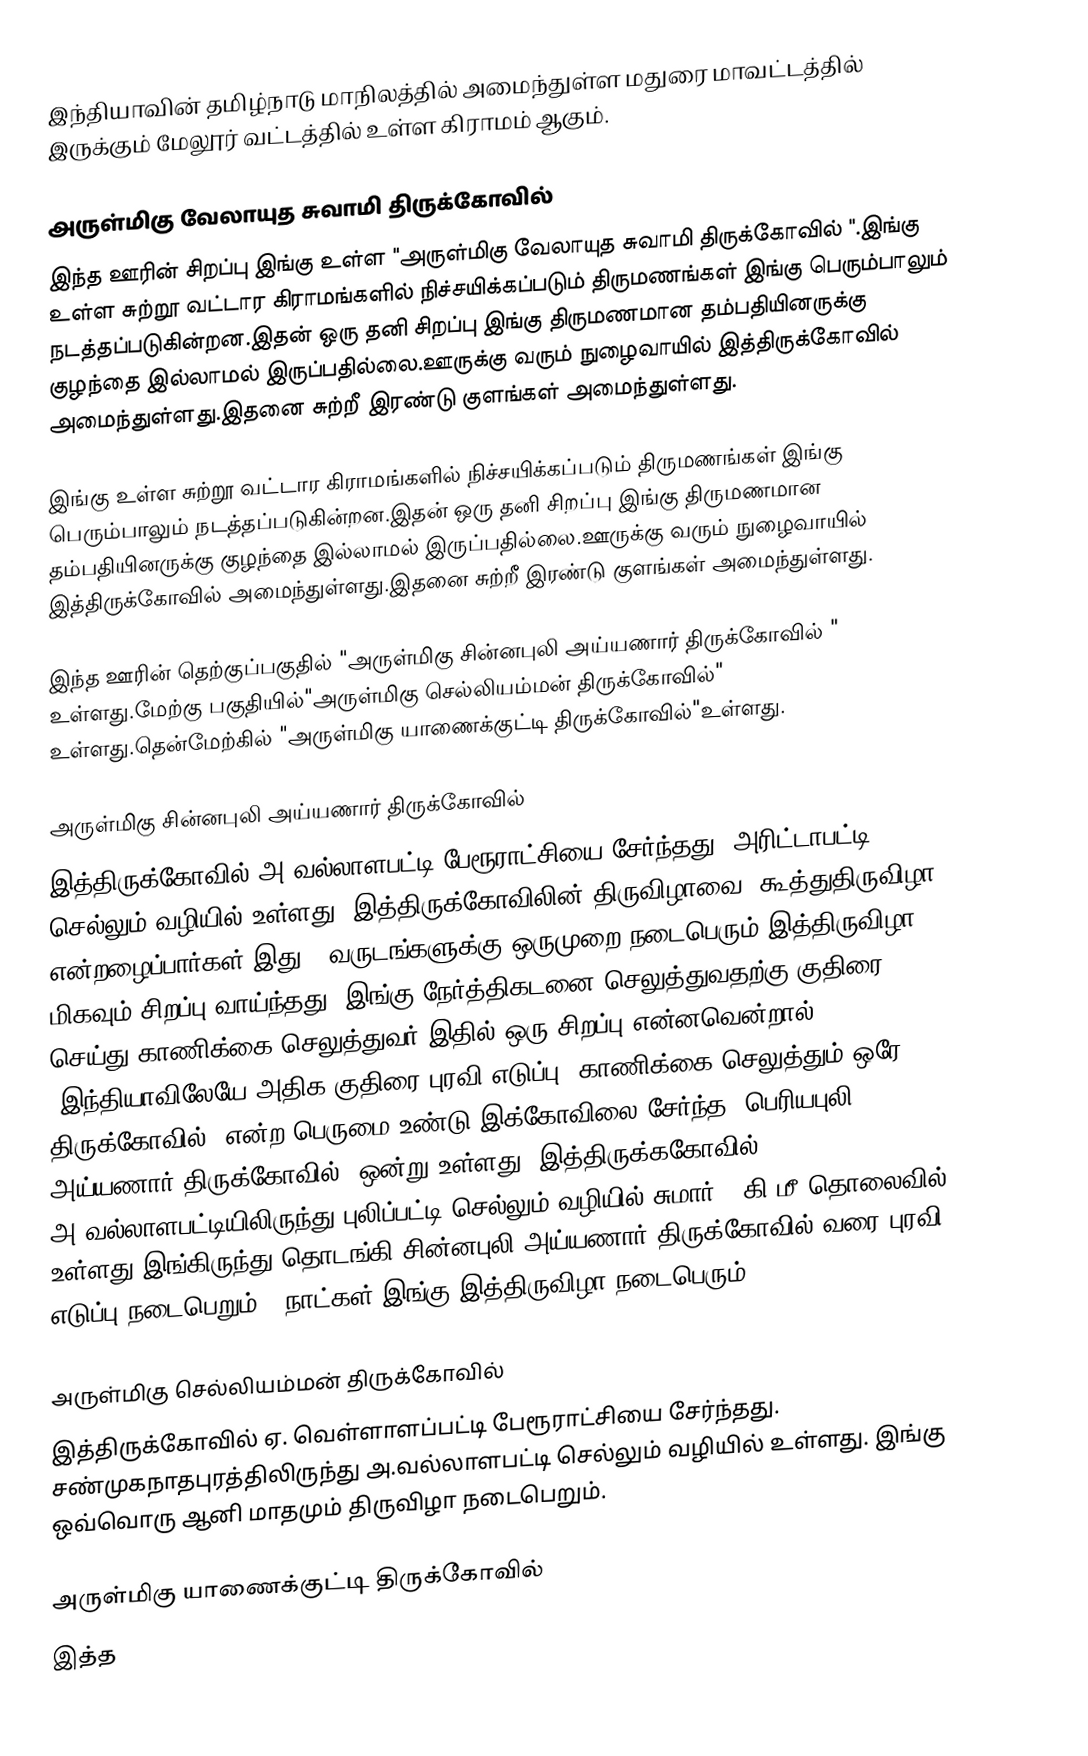
இந்தியாவின் தமிழ்நாடு மாநிலத்தில் அமைந்துள்ள மதுரை மாவட்டத்தில் இருக்கும் மேலூர் வட்டத்தில்  உள்ள கிராமம் ஆகும்.

அருள்மிகு வேலாயுத சுவாமி திருக்கோவில்
இந்த ஊரின் சிறப்பு இங்கு உள்ள "அருள்மிகு வேலாயுத சுவாமி திருக்கோவில் ".இங்கு உள்ள சுற்றூ வட்டார கிராமங்களில் நிச்சயிக்கப்படும் திருமணங்கள் இங்கு பெரும்பாலும் நடத்தப்படுகின்றன.இதன் ஒரு தனி சிறப்பு இங்கு திருமணமான தம்பதியினருக்கு குழந்தை இல்லாமல் இருப்பதில்லை.ஊருக்கு வரும் நுழைவாயில் இத்திருக்கோவில் அமைந்துள்ளது.இதனை சுற்றீ இரண்டு குளங்கள் அமைந்துள்ளது.

இங்கு உள்ள சுற்றூ வட்டார கிராமங்களில் நிச்சயிக்கப்படும் திருமணங்கள் இங்கு பெரும்பாலும் நடத்தப்படுகின்றன.இதன் ஒரு தனி சிறப்பு இங்கு திருமணமான தம்பதியினருக்கு குழந்தை இல்லாமல் இருப்பதில்லை.ஊருக்கு வரும் நுழைவாயில் இத்திருக்கோவில் அமைந்துள்ளது.இதனை சுற்றீ இரண்டு குளங்கள் அமைந்துள்ளது.

இந்த ஊரின் தெற்குப்பகுதில் "அருள்மிகு சின்னபுலி அய்யணார் திருக்கோவில் " உள்ளது.மேற்கு பகுதியில்"அருள்மிகு செல்லியம்மன் திருக்கோவில்" உள்ளது.தென்மேற்கில்  "அருள்மிகு யாணைக்குட்டி திருக்கோவில்"உள்ளது.

அருள்மிகு சின்னபுலி அய்யணார் திருக்கோவில்
இத்திருக்கோவில் அ.வல்லாளபட்டி பேரூராட்சியை சேர்ந்தது. அரிட்டாபட்டி செல்லும் வழியில் உள்ளது. இத்திருக்கோவிலின் திருவிழாவை "கூத்துதிருவிழா" என்றழைப்பார்கள்.இது 8 வருடங்களுக்கு ஒருமுறை நடைபெரும் இத்திருவிழா மிகவும் சிறப்பு வாய்ந்தது. இங்கு நேர்த்திகடனை செலுத்துவதற்கு குதிரை செய்து காணிக்கை செலுத்துவர்.இதில் ஒரு சிறப்பு என்னவென்றால் "இந்தியாவிலேயே அதிக குதிரை(புரவி எடுப்பு) காணிக்கை செலுத்தும் ஒரே திருக்கோவில்" என்ற பெருமை உண்டு.இக்கோவிலை சேர்ந்த "பெரியபுலி அய்யணார் திருக்கோவில்" ஒன்று உள்ளது. இத்திருக்ககோவில் அ.வல்லாளபட்டியிலிருந்து புலிப்பட்டி செல்லும் வழியில் சுமார் 4 கி.மீ தொலைவில் உள்ளது.இங்கிருந்து தொடங்கி சின்னபுலி அய்யணார் திருக்கோவில் வரை புரவி எடுப்பு நடைபெறும்.7 நாட்கள் இங்கு இத்திருவிழா நடைபெரும்.

அருள்மிகு செல்லியம்மன் திருக்கோவில்
இத்திருக்கோவில் ஏ. வெள்ளாளப்பட்டி  பேரூராட்சியை சேர்ந்தது. சண்முகநாதபுரத்திலிருந்து அ.வல்லாளபட்டி செல்லும் வழியில் உள்ளது. இங்கு  ஒவ்வொரு ஆனி மாதமும் திருவிழா நடைபெறும்.

அருள்மிகு யாணைக்குட்டி திருக்கோவில்
இத்த